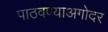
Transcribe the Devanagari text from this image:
पाठवण्याअगोदर